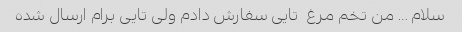
سلام … من تخم مرغ  تایی سفارش دادم ولی تایی برام ارسال شده